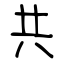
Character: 共